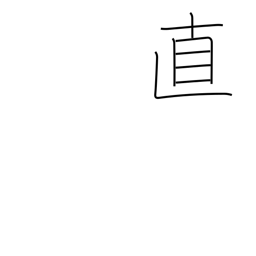
Meaning: honesty